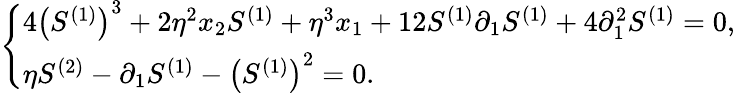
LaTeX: \begin{array}{r}{\left\{ \begin{array}{l}{4\left(S^{(1)}\right)^{3}+2\eta^{2}x_{2}S^{(1)}+\eta^{3}x_{1}+12S^{(1)}\partial_{1}S^{(1)}+4\partial_{1}^{2}S^{(1)}=0,}\\ {\eta S^{(2)}-\partial_{1}S^{(1)}-\left(S^{(1)}\right)^{2}=0.}\end{array}\right.}\end{array}